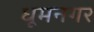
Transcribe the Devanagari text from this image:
धूमनगर